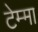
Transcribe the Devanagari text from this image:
टेम्मा